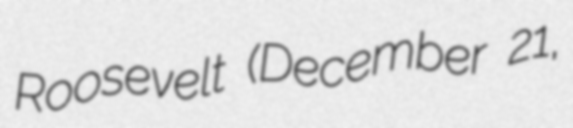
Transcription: Roosevelt (December 21,